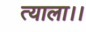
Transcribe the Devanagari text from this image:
त्याला।।